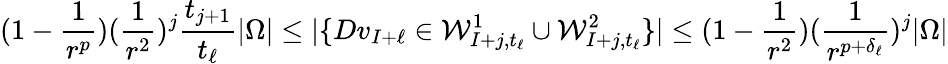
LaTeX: (1-\frac{1}{r^{p}})(\frac{1}{r^{2}})^{j}\frac{t_{j+1}}{t_{\ell}}|\Omega|\leq|\{ Dv_{I+\ell}\in\mathcal{W}_{I+j,t_{\ell}}^{1}\cup\mathcal{W}_{I+j,t_{\ell}}^{2}\} |\leq(1-\frac{1}{r^{2}})(\frac{1}{r^{p+\delta_{\ell}}})^{j}|\Omega|